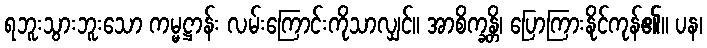
ရဘူးသွားဘူးသော ကမ္မဋ္ဌာန်း လမ်းကြောင်းကိုသာလျှင်။ အာစိက္ခန္တိ၊ ပြောကြားနိုင်ကုန်၏။ ပန၊